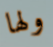
ولها